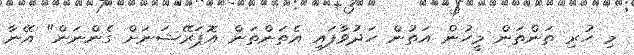
މި ހުރި ތަންތަން މީހުން އަތުން ހަދުވާފައި އެތަންތަން އޮޕަރޭޝަނަށް ގެންނަން" އޭނާ